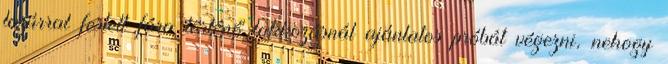
lazúrral festett fára történő lakkozásnál ajánlatos próbát végezni, nehogy